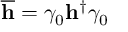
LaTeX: \overline { { { \mathbf { h } } } } = \gamma _ { 0 } \mathbf { h } ^ { \dag } \gamma _ { 0 }